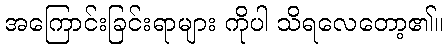
အကြောင်းခြင်းရာများ ကိုပါ သိရလေတော့၏။